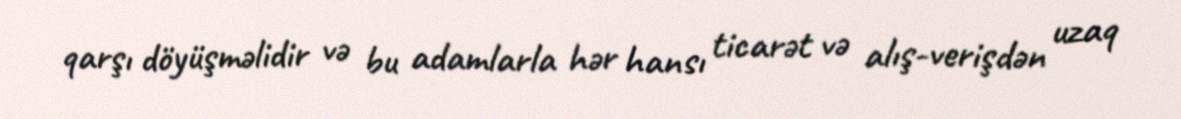
qarşı döyüşməlidir və bu adamlarla hər hansı ticarət və alış-verişdən uzaq